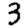
Digit: 3